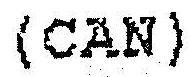
(CAN)